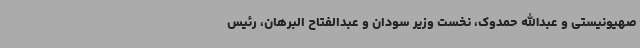
صهیونیستی و عبدالله حمدوک، نخست وزیر سودان و عبدالفتاح البرهان، رئیس